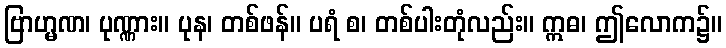
ဗြာဟ္မဏ၊ ပုဏ္ဏား။ ပုန၊ တစ်ဖန်။ ပရံ စ၊ တစ်ပါးတုံလည်း။ ဣဓ၊ ဤလောက၌။